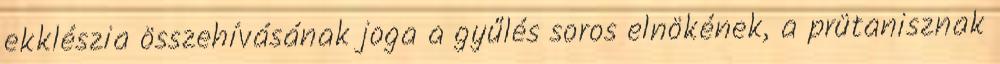
ekklészia összehívásának joga a gyűlés soros elnökének, a prütanisznak